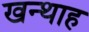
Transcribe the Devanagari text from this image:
खन्‍थाह